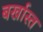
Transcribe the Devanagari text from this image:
बर्खास्त